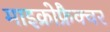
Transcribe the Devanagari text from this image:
माइक्रोफ्रैक्चर